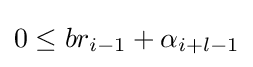
0\leq br_{i-1}+\alpha _{i+l-1}